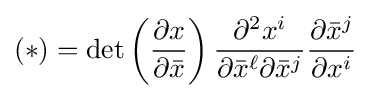
(\ast )=\det \left({\frac {\partial x}{\partial {\bar {x}}}}\right){\frac {\partial ^{2}x^{i}}{\partial {\bar {x}}^{\ell }\partial {\bar {x}}^{j}}}{\frac {\partial {\bar {x}}^{j}}{\partial x^{i}}}